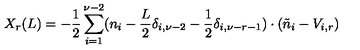
X _ { r } ( L ) = - \frac { 1 } { 2 } \sum _ { i = 1 } ^ { \nu - 2 } ( n _ { i } - \frac { L } { 2 } \delta _ { i , \nu - 2 } - \frac { 1 } { 2 } \delta _ { i , \nu - r - 1 } ) \cdot ( \tilde { n } _ { i } - V _ { i , r } )